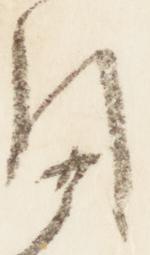
引